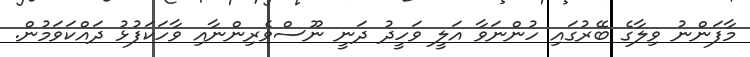
މާފަންނު ވިލާގެ ބޭރުގައި ހުންނަވާ އަލީ ވަހީދު ދަނީ ނޫސްވެރިންނާއި ވާހަކަފުޅު ދައްކަވަމުން.